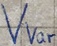
Text: VVar